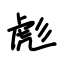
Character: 彪